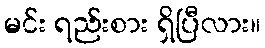
မင်း ရည်းစား ရှိပြီလား။